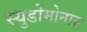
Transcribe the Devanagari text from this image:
स्युडोमोनास